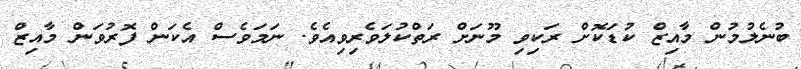
ބުނެލުމުން މާއިޒް ކުޑަކޮށް ރަކިވި މޫނަށް ރަތްކުލަވެރިވިއެވެ. ނަމަވެސް އެކަން ފޮރުވަން މާއިޒް